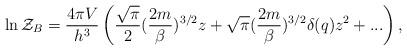
LaTeX: \begin{align*}\ln {\cal Z}_B=\frac{4\pi V}{h^3}\left(\frac{\sqrt{\pi}}{2}(\frac{2m}{\beta})^{3/2} z+\sqrt{\pi}(\frac{2m}{\beta})^{3/2}\delta(q) z^2+...\right),\end{align*}